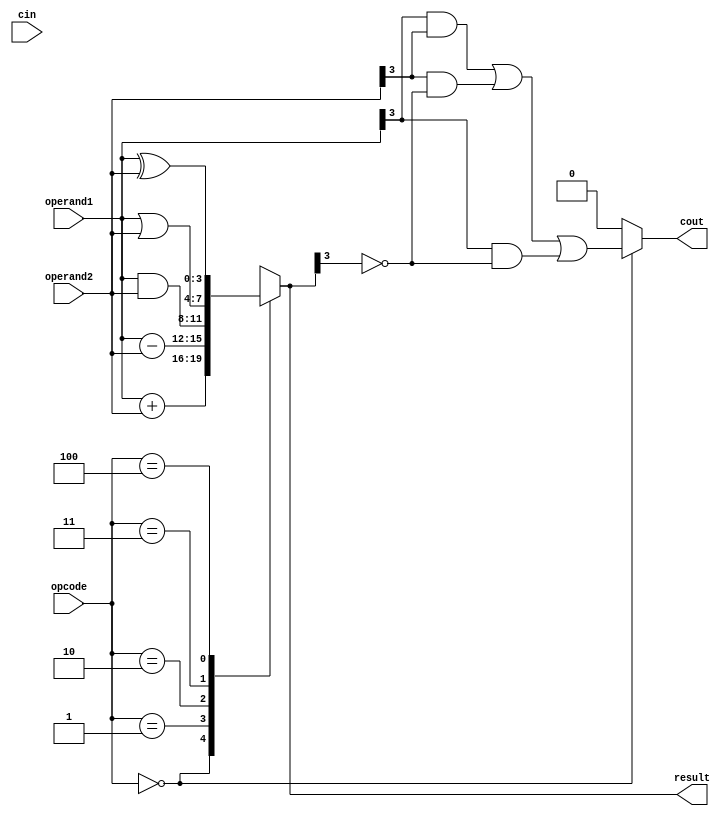
module ALU(input [3:0] operand1, // 4-bit input operand 1
           input [3:0] operand2, // 4-bit input operand 2
           input [2:0] opcode,   // 3-bit operation code
           input cin,            // Carry in for addition operation
           output reg [3:0] result, // 4-bit output result
           output reg cout);       // Carry out for addition operation

   always @(*) begin
      case(opcode)
         3'b000: result = operand1 + operand2; // Addition
         3'b001: result = operand1 - operand2; // Subtraction
         3'b010: result = operand1 & operand2; // Bitwise AND
         3'b011: result = operand1 | operand2; // Bitwise OR
         3'b100: result = operand1 ^ operand2; // Bitwise XOR
         default: result = 4'bxxxx; // Undefined operation
      endcase
      
      if (opcode == 3'b000) // Addition operation
         cout = (operand1[3] & operand2[3]) | (operand2[3] & ~result[3]) | (operand1[3] & ~result[3]);
      else
         cout = 1'b0; // Clear carry out for other operations
   end
endmodule